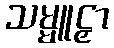
သမ္မူဠှာ